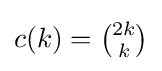
c(k)={\tbinom {2k}{k}}